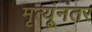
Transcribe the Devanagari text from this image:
मृत्यूंनंतर